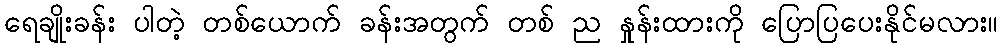
ရေချိုးခန်း ပါတဲ့ တစ်ယောက် ခန်းအတွက် တစ် ည နှုန်းထားကို ပြောပြပေးနိုင်မလား။